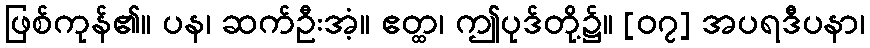
ဖြစ်ကုန်၏။ ပန၊ ဆက်ဦးအံ့။ ဧတ္ထ၊ ဤပုဒ်တို့၌။ [၀၇] အပရဒီပနာ၊